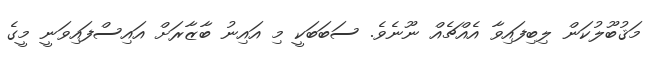
މަޤުބޫލުކަން ލިބިފައިވާ އެއްޗެއް ނޫނެވެ. ސަބަބަކީ މި އައިނު ބާޒާރަށް އައިސްފައިވަނީ މީގެ